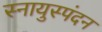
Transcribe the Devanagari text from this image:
स्नायुस्पंदन